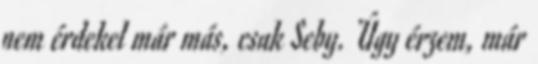
nem érdekel már más, csak Seby. Úgy érzem, már